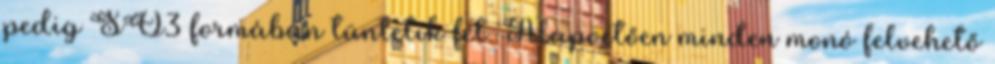
pedig SO3 formában tüntetik fel. Alapvetően minden monó felvehető